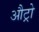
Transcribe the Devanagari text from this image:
औट्रो